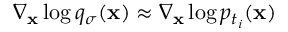
\nabla _ { \mathbf { x } } \log q _ { \sigma } ( \mathbf { x } ) \approx \nabla _ { \mathbf { x } } \log p _ { t _ { i } } ( \mathbf { x } )